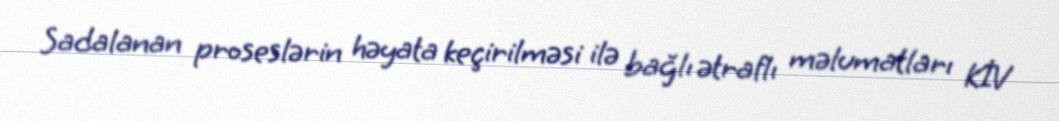
Sadalanan proseslərin həyata keçirilməsi ilə bağlı ətraflı məlumatları KİV